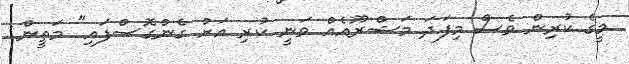
މީގެ ކުރިން ވެސް މިފަދަ މަޝްރޫއެއް ވަނީ ކުރި އަށް ގެންގޮސްފައި" މަތީން